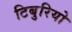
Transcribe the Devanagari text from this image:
टिबुरियो